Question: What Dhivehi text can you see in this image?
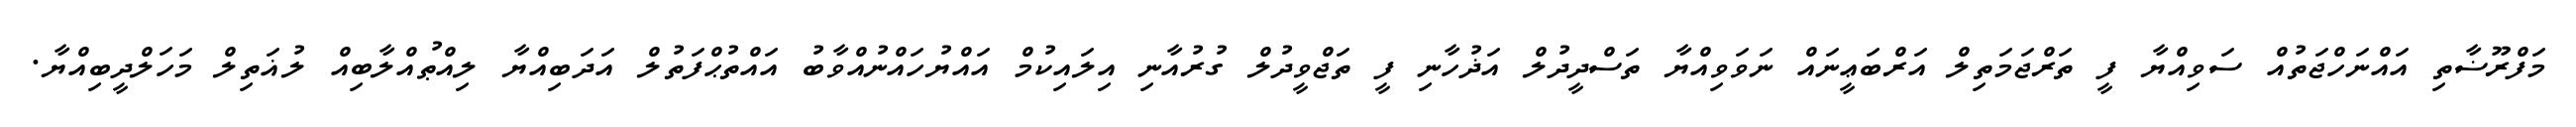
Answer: މަފްރޫޟާތި އައްނަހްޖަތުއް ސަވިއްޔާ ފީ ތަރްޖަމަތިލް އަރްބަޢީނައް ނަވަވިއްޔާ ތަސްދީދުލް އަޛުހާނި ފީ ތަޖްވީދުލް ގުރުއާނި އިލައިކުމް އައްޔުހައްނުއްވާބު އައްތުޙްފަތުލް އަދަބިއްޔާ ލިއްޠުއްލާބިއް ލުޣަތިލް މަހަލްދީބިއްޔާ.